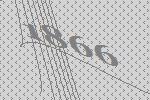
1866